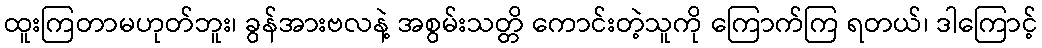
ထူးကြတာမဟုတ်ဘူး၊ ခွန်အားဗလနဲ့ အစွမ်းသတ္တိ ကောင်းတဲ့သူကို ကြောက်ကြ ရတယ်၊ ဒါကြောင့်